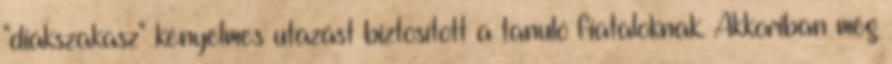
"diákszakasz" kényelmes utazást biztosított a tanuló fiataloknak. Akkoriban még